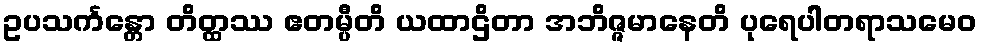
ဥပသင်္ကန္တော တိတ္ထဿ ဧတမ္ပီတိ ယထာဌိတာ အဘိဇ္ဇမာနေတိ ပုရေပါတရာသမေဝ